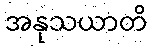
အနုသယာတိ